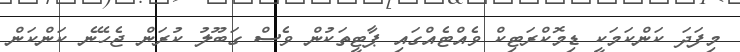
މިފަދަ ކަންކަމަކީ ޑިމޮކްރަޓިކް ވެއްޓެއްގައި ޕާޓީތަކުން ވެސް ގަބޫލު ކުރަން ޖެހޭނެ ކަންކަން